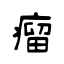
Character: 瘣